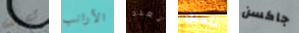
أعرف الأرانب تعدد نتخيل جاكسن